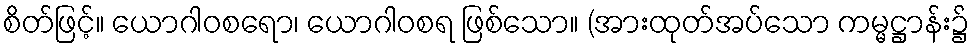
စိတ်ဖြင့်။ ယောဂါဝစရော၊ ယောဂါဝစရ ဖြစ်သော။ (အားထုတ်အပ်သော ကမ္မဋ္ဌာန်း၌